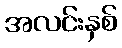
အလင်းနှစ်